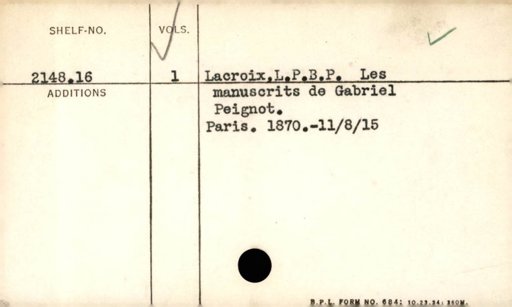
Label: content